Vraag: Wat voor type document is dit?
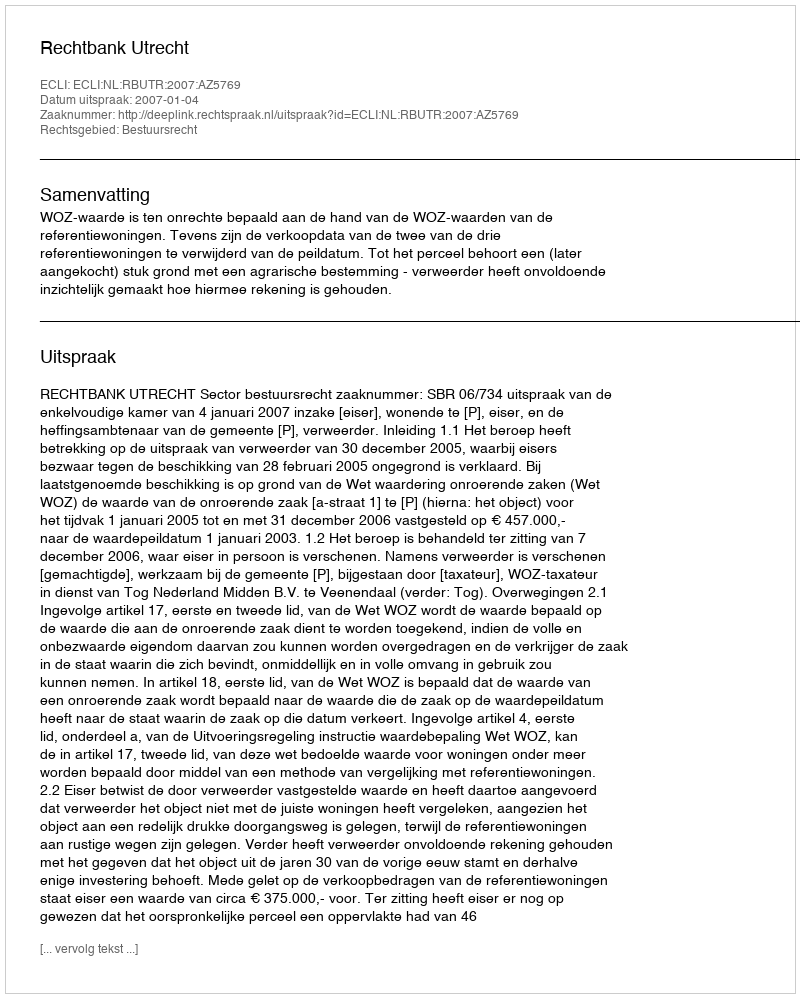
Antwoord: Uitspraak